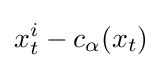
x_{t}^{i}-c_{\alpha }(x_{t})